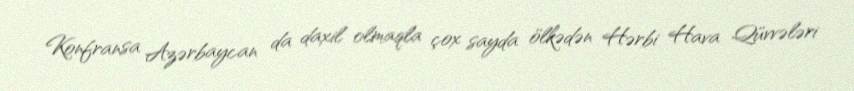
Konfransa Azərbaycan da daxil olmaqla çox sayda ölkədən Hərbi Hava Qüvvələri